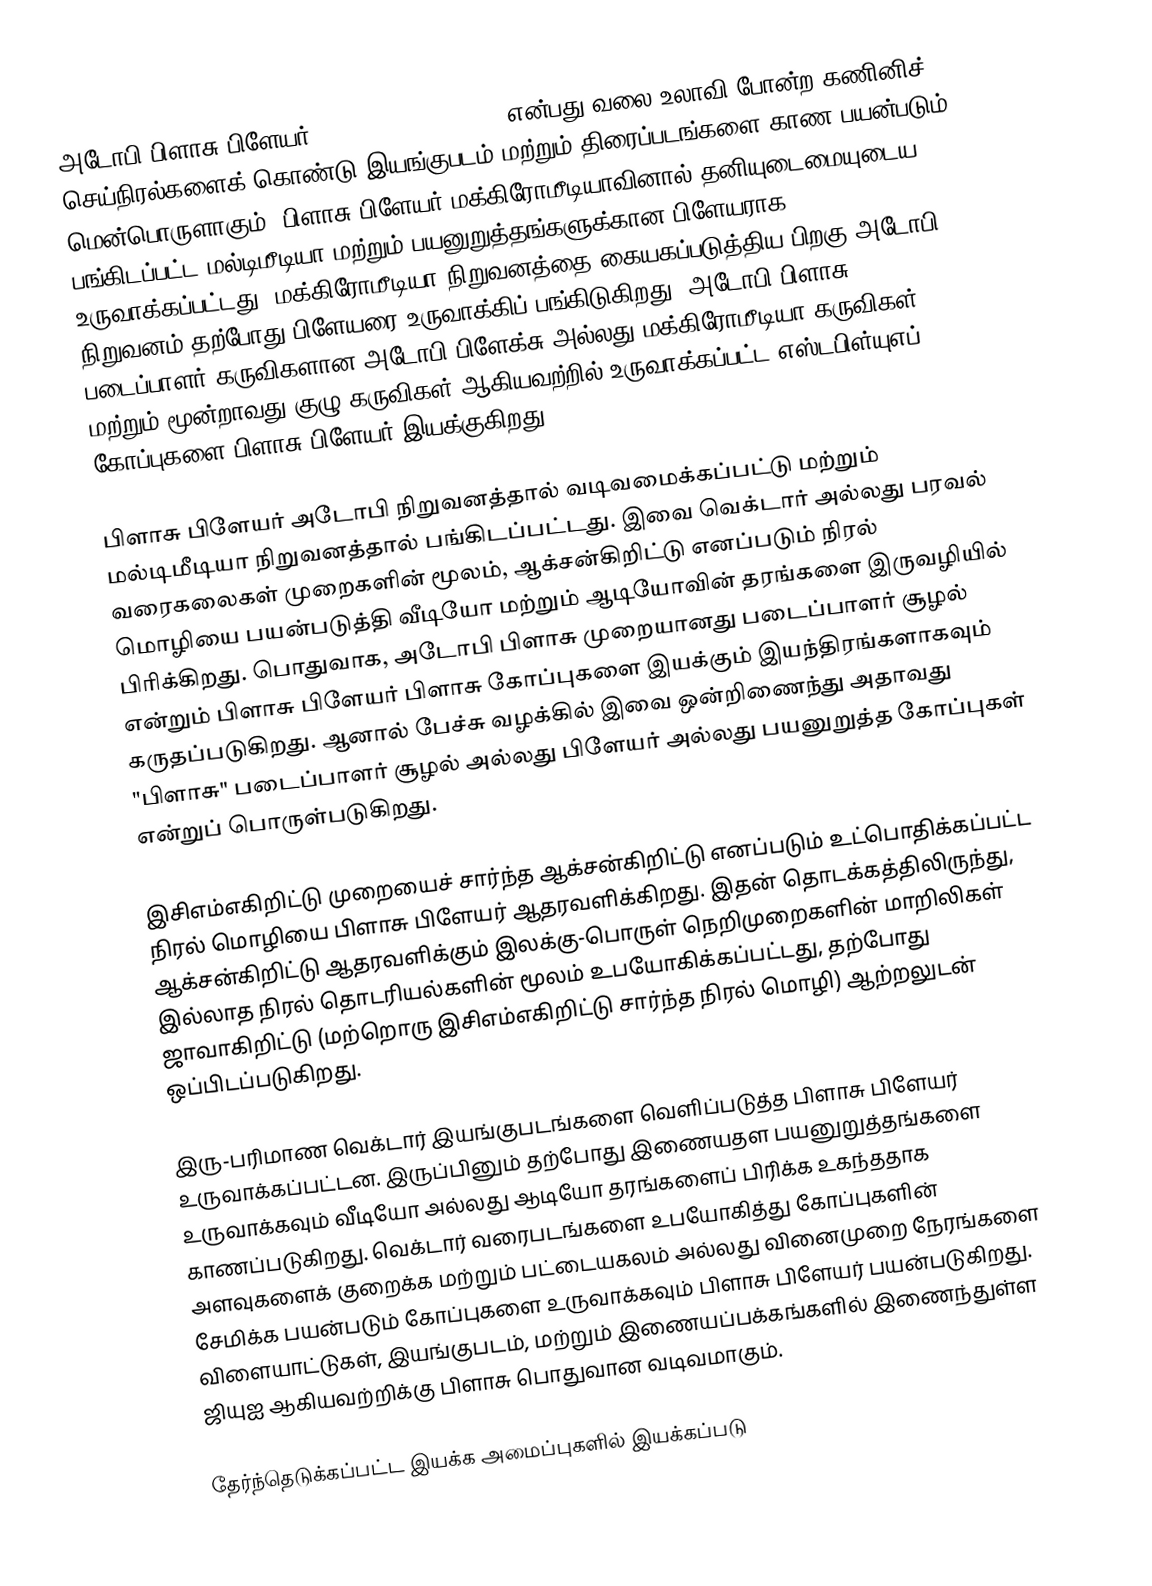
அடோபி பிளாசு பிளேயர் (Adobe Flash Player) என்பது வலை உலாவி போன்ற கணினிச் செய்நிரல்களைக் கொண்டு இயங்குபடம் மற்றும் திரைப்படங்களை காண பயன்படும் மென்பொருளாகும். பிளாசு பிளேயர் மக்கிரோமீடியாவினால் தனியுடைமையுடைய பங்கிடப்பட்ட மல்டிமீடியா மற்றும் பயனுறுத்தங்களுக்கான பிளேயராக உருவாக்கப்பட்டது. மக்கிரோமீடியா நிறுவனத்தை கையகப்படுத்திய பிறகு அடோபி நிறுவனம் தற்போது பிளேயரை உருவாக்கிப் பங்கிடுகிறது. அடோபி பிளாசு படைப்பாளர் கருவிகளான அடோபி பிளேக்சு அல்லது மக்கிரோமீடியா கருவிகள் மற்றும் மூன்றாவது குழு கருவிகள் ஆகியவற்றில் உருவாக்கப்பட்ட எஸ்டபிள்யுஎப் கோப்புகளை பிளாசு பிளேயர் இயக்குகிறது.

பிளாசு பிளேயர் அடோபி நிறுவனத்தால் வடிவமைக்கப்பட்டு மற்றும் மல்டிமீடியா நிறுவனத்தால் பங்கிடப்பட்டது. இவை வெக்டார் அல்லது பரவல் வரைகலைகள் முறைகளின் மூலம், ஆக்சன்கிறிட்டு எனப்படும் நிரல் மொழியை பயன்படுத்தி வீடியோ மற்றும் ஆடியோவின் தரங்களை இருவழியில் பிரிக்கிறது. பொதுவாக, அடோபி பிளாசு முறையானது படைப்பாளர் சூழல் என்றும் பிளாசு பிளேயர் பிளாசு கோப்புகளை இயக்கும் இயந்திரங்களாகவும் கருதப்படுகிறது. ஆனால் பேச்சு வழக்கில் இவை ஒன்றிணைந்து அதாவது "பிளாசு" படைப்பாளர் சூழல் அல்லது பிளேயர் அல்லது பயனுறுத்த கோப்புகள் என்றுப் பொருள்படுகிறது.

இசிஎம்எகிறிட்டு முறையைச் சார்ந்த ஆக்சன்கிறிட்டு எனப்படும் உட்பொதிக்கப்பட்ட நிரல் மொழியை பிளாசு பிளேயர் ஆதரவளிக்கிறது. இதன் தொடக்கத்திலிருந்து, ஆக்சன்கிறிட்டு ஆதரவளிக்கும் இலக்கு-பொருள் நெறிமுறைகளின் மாறிலிகள் இல்லாத நிரல் தொடரியல்களின் மூலம் உபயோகிக்கப்பட்டது, தற்போது ஜாவாகிறிட்டு (மற்றொரு இசிஎம்எகிறிட்டு சார்ந்த நிரல் மொழி) ஆற்றலுடன் ஒப்பிடப்படுகிறது.

இரு-பரிமாண வெக்டார் இயங்குபடங்களை வெளிப்படுத்த பிளாசு பிளேயர் உருவாக்கப்பட்டன. இருப்பினும் தற்போது இணையதள பயனுறுத்தங்களை உருவாக்கவும் வீடியோ அல்லது ஆடியோ தரங்களைப் பிரிக்க உகந்ததாக காணப்படுகிறது. வெக்டார் வரைபடங்களை உபயோகித்து கோப்புகளின் அளவுகளைக் குறைக்க மற்றும் பட்டையகலம் அல்லது வினைமுறை நேரங்களை சேமிக்க பயன்படும் கோப்புகளை உருவாக்கவும் பிளாசு பிளேயர் பயன்படுகிறது. விளையாட்டுகள், இயங்குபடம், மற்றும் இணையப்பக்கங்களில் இணைந்துள்ள ஜியுஐ ஆகியவற்றிக்கு பிளாசு பொதுவான வடிவமாகும்.

தேர்ந்தெடுக்கப்பட்ட இயக்க அமைப்புகளில் இயக்கப்படு